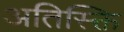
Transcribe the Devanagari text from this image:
अतिस्क्ति